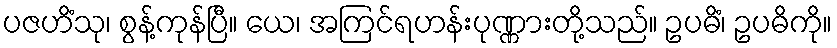
ပဇဟိံသု၊ စွန့်ကုန်ပြီ။ ယေ၊ အကြင်ရဟန်းပုဏ္ဏားတို့သည်။ ဥပဓိံ၊ ဥပဓိကို။